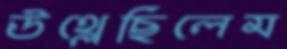
উথ্‌লেছিলেম